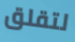
لتقلق